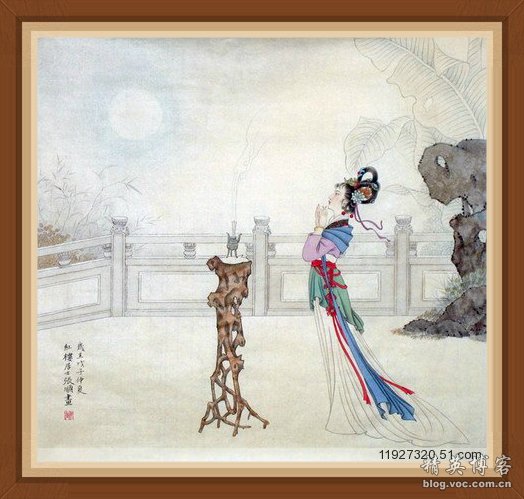
月儿弯弯照九州，几家欢乐几家愁。